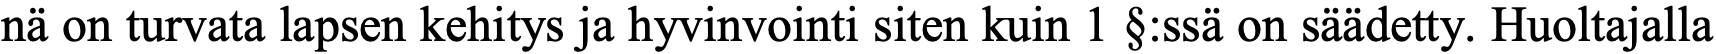
nä on turvata lapsen kehitys ja hyvinvointi siten kuin 1 §:ssä on säädetty. Huoltajalla